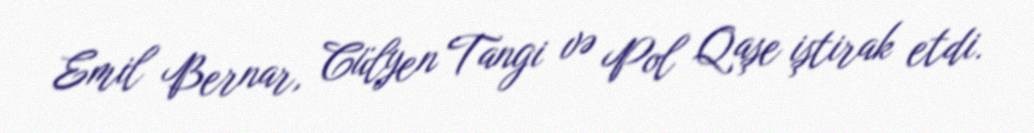
Emil Bernar, Cülyen Tangi və Pol Qaşe iştirak etdi.